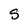
Character: S